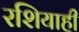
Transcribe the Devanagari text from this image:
रशियाही